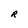
Character: R